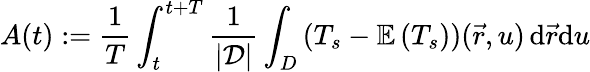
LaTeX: A(t):=\frac{1}{T}\int_{t}^{t+T}\frac{1}{\mathcal{\left|D\right|}}\int_{D}\left(T_{s}-\mathbb{E}\left(T_{s}\right)\right)(\vec{r},u)\, \mathrm{d}\vec{r}\mathrm{d}u